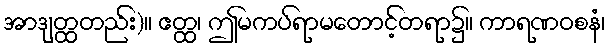
အာဒျတ္ထတည်း)။ ဧတ္ထ၊ ဤမကပ်ရာမတောင့်တရာ၌။ ကာရဏဝစနံ၊